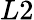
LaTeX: L2